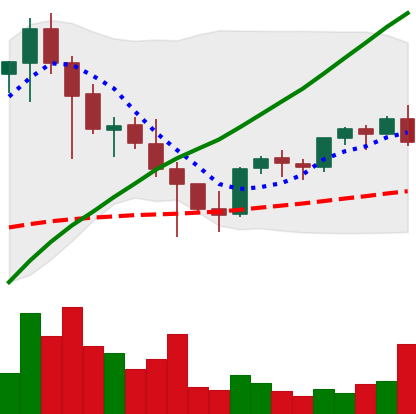
Ticker: EOS-USD
Chart end date: 2021-05-04
Forward return: 65.401%
Label: up_7plus